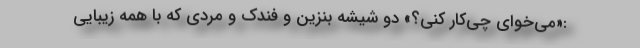
:«می‌خوای چی‌کار کنی؟» دو شیشه بنزین و فندک و مردی که با همه زیبایی